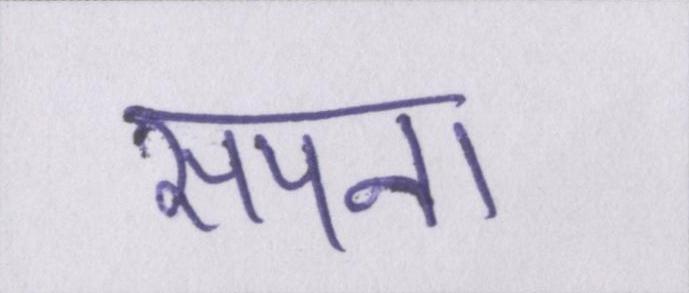
सपना